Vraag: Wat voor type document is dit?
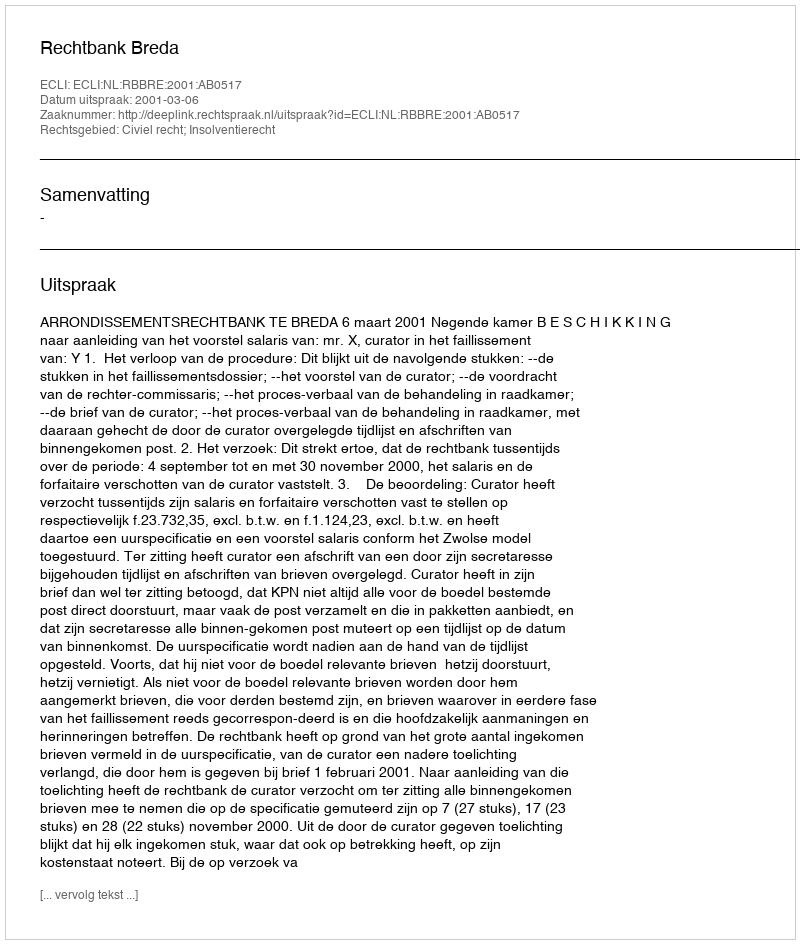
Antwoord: Uitspraak